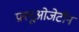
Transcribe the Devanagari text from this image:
फ़्लूओजेटीन